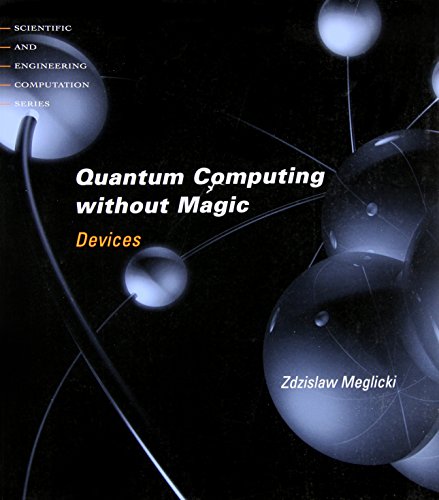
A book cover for Quantum Computing Without Magic: Devices (Scientific and Engineering Computation); Zdzislaw Meglicki; Computers & Technology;